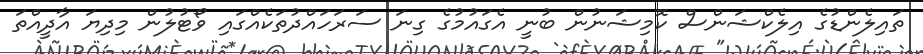
ތައިލެންޑުގެ އިލެކްޝަންސް ކޮމިޝަނުން ބުނީ އެގައުމުގެ ގިނަ ސަރަހައްދުތަކެއްގައި ވޯޓުލުން މިދިޔަ އާދީއްތަ